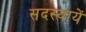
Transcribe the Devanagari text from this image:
सदस्यायें